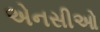
એનસીઓ